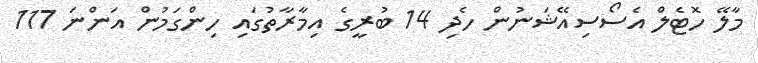
މާލޭ ހޮޓެލް އެސޯސިއޭޝަނުން ހެދި 14 ބުރީގެ އިމާރާތުގައި ހިންގަމުން އަންނަ 117